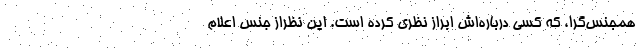
همجنس‌گرا، که کسی درباره‌اش ابراز نظری کرده است. این نظراز جنس اعلام